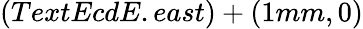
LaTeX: (TextEcdE.east)+(1mm,0)